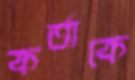
কর্তাকে